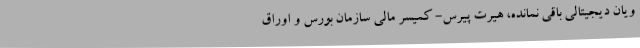
ویان دیجیتالی باقی نمانده، هیرت پیرس- کمیسر مالی سازمان بورس و اوراق